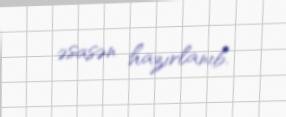
əsasən hazırlanıb.